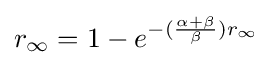
r_{\infty }=1-e^{-({\alpha +\beta  \over \beta })r_{\infty }}